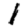
Digit: 1